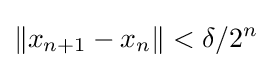
\|x_{n+1}-x_{n}\|<\delta /2^{n}